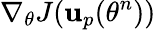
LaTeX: \nabla_{\theta}J(\mathbf{u}_{p}(\theta^{n}))